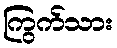
ကြွက်သား